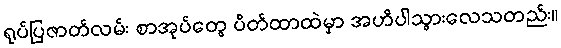
ရုပ်ပြဇာတ်လမ်း စာအုပ်တွေ ပိတ်ထာထဲမှာ အဟိပါသွားလေသတည်း။